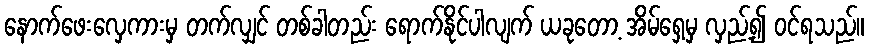
နောက်ဖေးလှေကားမှ တက်လျှင် တစ်ခါတည်း ရောက်နိုင်ပါလျက် ယခုတော့ အိမ်ရှေ့မှ လှည့်၍ ဝင်ရသည်။